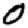
Digit: 0